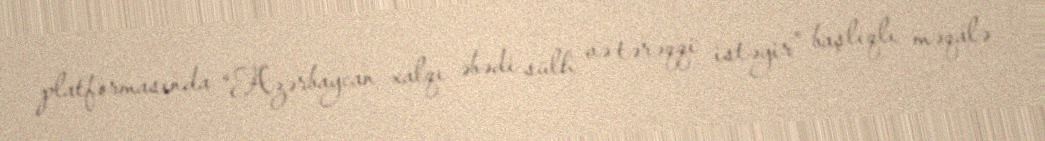
platformasında “Azərbaycan xalqı əbədi sülh və tərəqqi istəyir” başlıqlı məqalə